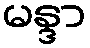
မန္ဒာ